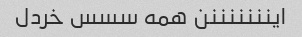
اینننننننن همه سسس خردل